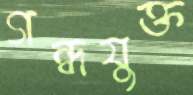
গন্ধযুক্ত